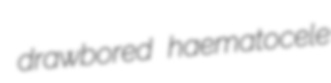
drawbored haematocele